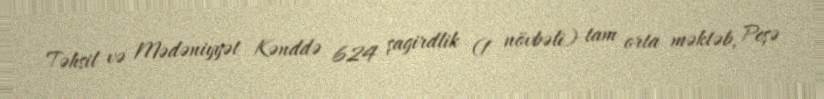
Təhsil və Mədəniyyət Kənddə 624 şagirdlik (1 növbəli) tam orta məktəb, Peşə